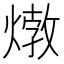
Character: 𤍗